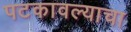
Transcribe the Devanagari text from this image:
पटकावल्याचा